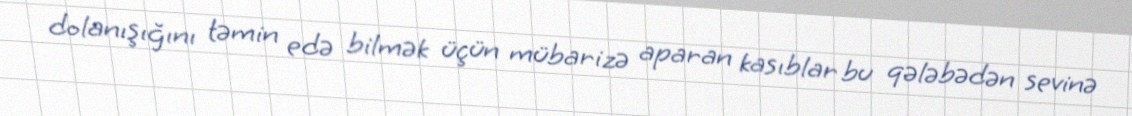
dolanışığını təmin edə bilmək üçün mübarizə aparan kasıblar bu qələbədən sevinə